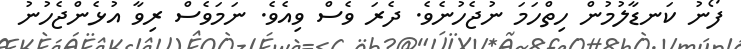
ފޯނު ކަނޑާލުމުން ހިތްހަމަ ނުޖެހުނެވެ. ދެރަ ވެސް ވިއެވެ. ނަމަވެސް ރިވާ އުޅެންޖެހުނު